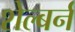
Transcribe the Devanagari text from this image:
शेल्बर्न